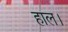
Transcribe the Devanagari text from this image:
हाल।